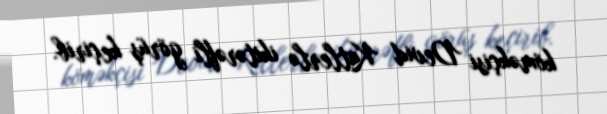
köməkçisi Devid Katlerlə ikitərəfli görüş keçirib.